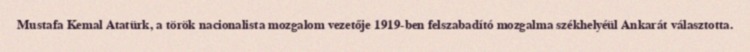
Mustafa Kemal Atatürk, a török nacionalista mozgalom vezetője 1919-ben felszabadító mozgalma székhelyéül Ankarát választotta.